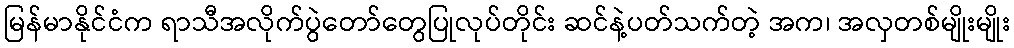
မြန်မာနိုင်ငံက ရာသီအလိုက်ပွဲတော်တွေပြုလုပ်တိုင်း ဆင်နဲ့ပတ်သက်တဲ့ အက၊ အလှတစ်မျိုးမျိုး